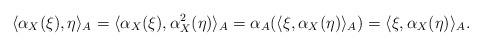
LaTeX: \begin{align*}\langle \alpha_X(\xi), \eta\rangle_A = \langle \alpha_X(\xi), \alpha^2_X(\eta)\rangle_A = \alpha_A(\langle \xi, \alpha_X(\eta)\rangle_A) = \langle \xi, \alpha_X(\eta)\rangle_A.\end{align*}